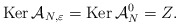
\begin{align*}\textnormal{Ker}\,\mathcal{A}_{N,\varepsilon}=\textnormal{Ker}\,\mathcal{A}_N^0=Z.\end{align*}